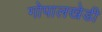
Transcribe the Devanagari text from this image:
गोपालखेडी